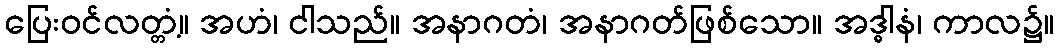
ပြေးဝင်လတ္တံ့။ အဟံ၊ ငါသည်။ အနာဂတံ၊ အနာဂတ်ဖြစ်သော။ အဒ္ဓါနံ၊ ကာလ၌။